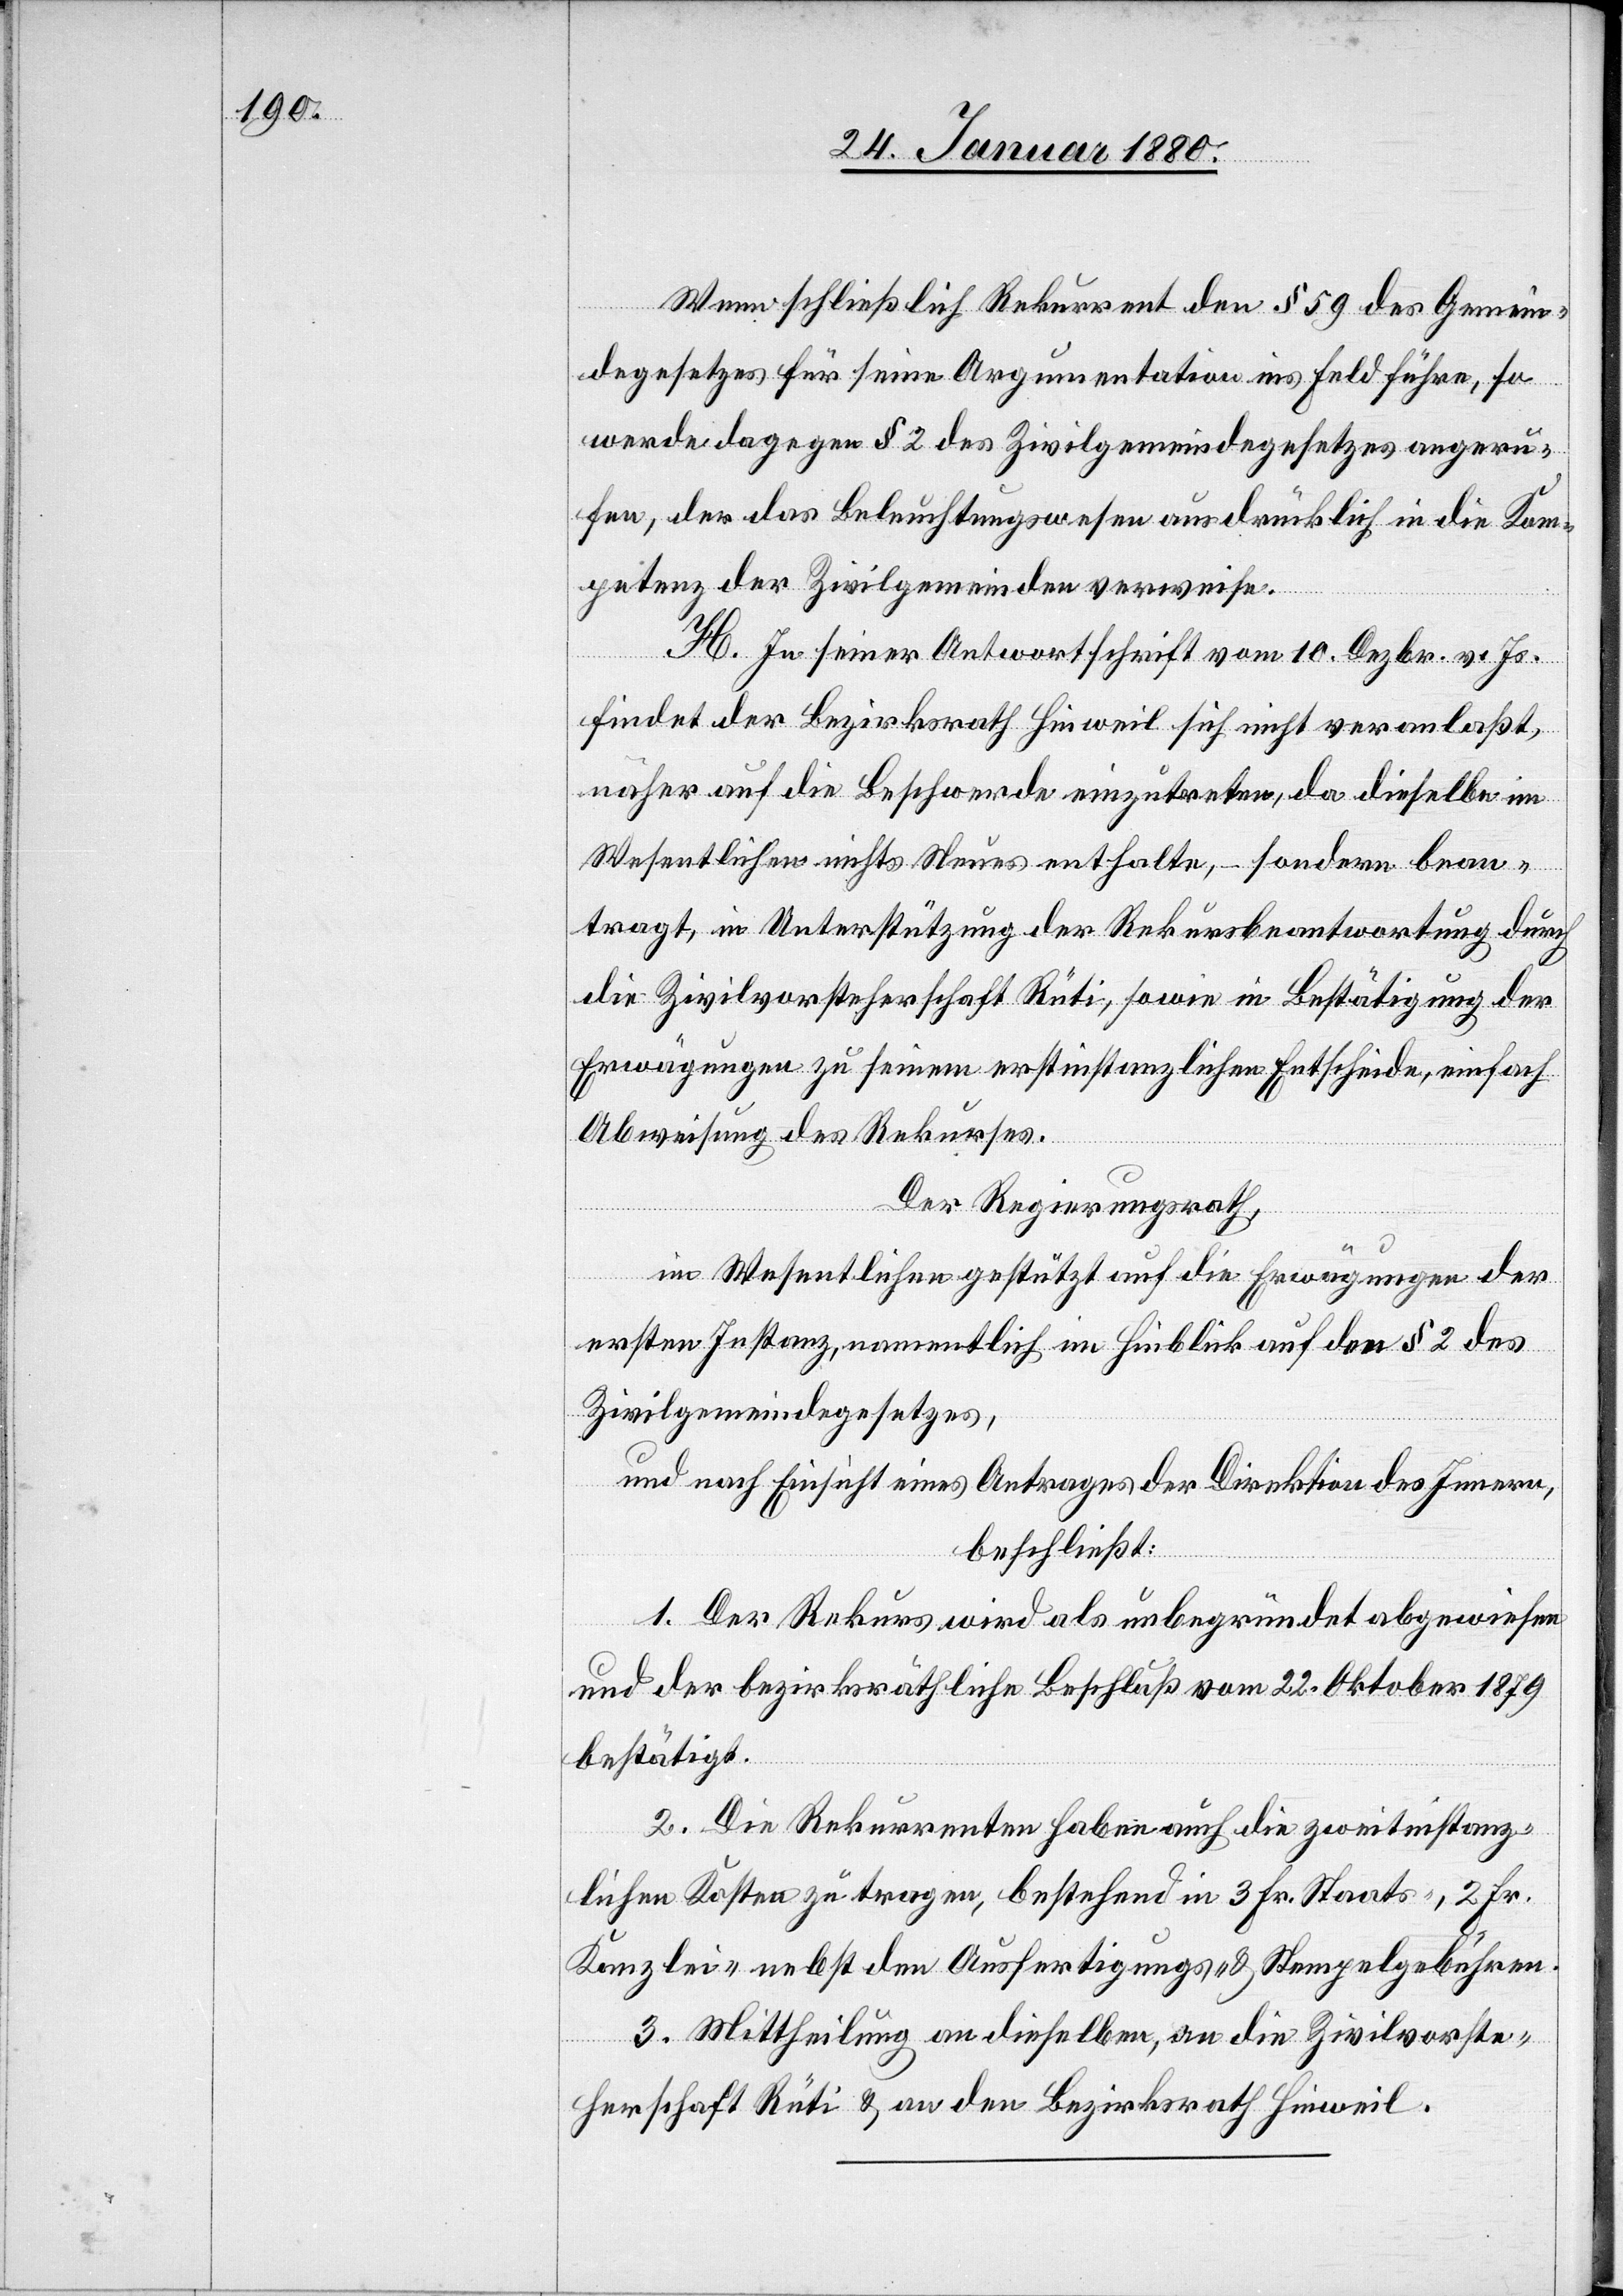
Wenn schließlich Rekurrent den § 59 des Gemein¬
degesetzes für seine Argumentation ins Feld führe, so
werde dagegen § 2 des Zivilgemeindegesetzes angeru¬
fen, der das Beleuchtungswesen ausdrücklich in die Kom¬
petenz der Zivilgemeinden verweise.
H. In seiner Antwortschrift vom 10. Dezbr. v. Js.
findet der Bezirksrath Hinweil sich nicht veranlaßt,
näher auf die Beschwerde einzutreten, da dieselbe im
Wesentlichen nichts Neues enthalte, – sondern bean¬
tragt, in Unterstützung der Rekursbeantwortung durch
die Zivilvorsteherschaft Rüti, sowie in Bestätigung der
Erwägungen zu seinem erstinstanzlichen Entscheide, einfach
Abweisung des Rekurses.
Der Regierungsrath,
im Wesentlichen gestützt auf die Erwägungen der
ersten Instanz, namentlich im Hinblick auf den § 2 des
Zivilgemeindegesetzes,
und nach Einsicht eines Antrages der Direktion des Innern,
beschließt:
1. Der Rekurs wird als unbegründet abgewiesen
und der bezirksräthliche Beschluß vom 22. Oktober 1879
bestätigt.
2. Die Rekurrenten haben auch die zweitinstanz¬
lichen Kosten zu tragen, bestehend in 3 Fr. Staats-, 2 Fr.
Kanzlei- nebst den Ausfertigungs- & Stempelgebühren.
3. Mittheilung an dieselben, an die Zivilvorste¬
herschaft Rüti & an den Bezirksrath Hinweil.